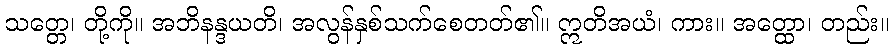
သတ္တေ၊ တို့ကို။ အဘိနန္ဒယတိ၊ အလွန်နှစ်သက်စေတတ်၏။ ဣတိအယံ၊ ကား။ အတ္ထော၊ တည်း။